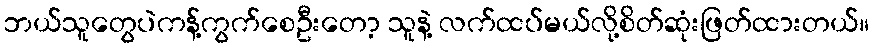
ဘယ်သူတွေပဲကန့်ကွက်စေဦးတော့ သူနဲ့ လက်ထပ်မယ်လို့စိတ်ဆုံးဖြတ်ထားတယ်။